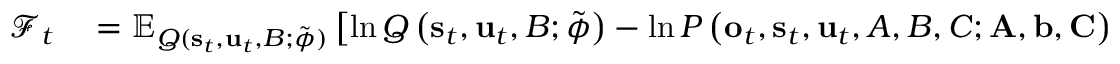
\begin{array} { r l } { \mathcal { F } _ { t } } & { { } = \mathbb { E } _ { Q ( \mathbf { s } _ { t } , \mathbf { u } _ { t } , B ; \tilde { \boldsymbol { \phi } } ) } \left[ \ln Q \left( \mathbf { s } _ { t } , \mathbf { u } _ { t } , B ; \tilde { \boldsymbol { \phi } } \right) - \ln P \left( \mathbf { o } _ { t } , \mathbf { s } _ { t } , \mathbf { u } _ { t } , A , B , C ; \mathbf { A } , \mathbf { b } , \mathbf { C } \right) \right] } \end{array}